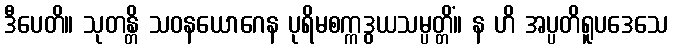
ဒီပေတိ။ သုတန္တိ သဝနယောဂေန ပုရိမစက္ကဒွယသမ္ပတ္တိံ။ န ဟိ အပ္ပတိရူပဒေသေ